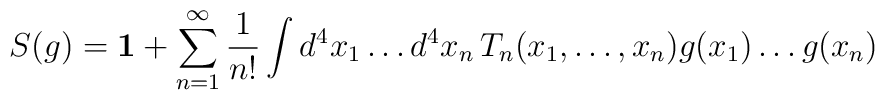
S(g)=\mathbf{1}+\sum_{n=1}^{\infty}\frac{1}{n!}\int d^4 x_1\ldots d^4x_n\,T_n(x_1,\ldots,x_n)g(x_1)\ldots g(x_n)